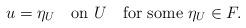
LaTeX: \begin{align*}u=\eta_U\quad\mbox{on }U\quad\mbox{for some }\eta_U\in F.\end{align*}